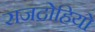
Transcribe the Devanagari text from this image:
राजद्रोहियो